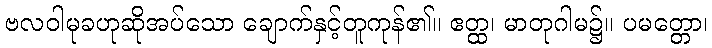
ဗလဝါမုခဟုဆိုအပ်သော ချောက်နှင့်တူကုန်၏။ ဧတ္ထ၊ မာတုဂါမ၌။ ပမတ္တော၊